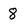
Character: 8